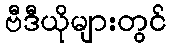
ဗီဒီယိုများတွင်